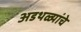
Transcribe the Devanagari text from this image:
अडथळ्यांचे